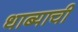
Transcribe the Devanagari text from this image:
धाब्याची